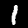
Label: 1